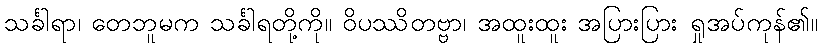
သင်္ခါရာ၊ တေဘူမက သင်္ခါရတို့ကို။ ဝိပဿိတဗ္ဗာ၊ အထူးထူး အပြားပြား ရှုအပ်ကုန်၏။